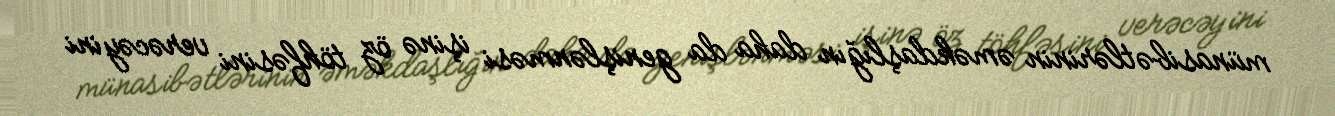
münasibətlərinin əməkdaşlığın daha da genişlənməsi işinə öz töhfəsini verəcəyini